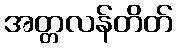
အတ္တလန်တိတ်